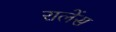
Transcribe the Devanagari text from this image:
रालेंस